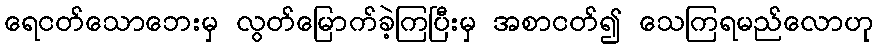
ရေငတ်သောဘေးမှ လွတ်မြောက်ခဲ့ကြပြီးမှ အစာငတ်၍ သေကြရမည်လောဟု